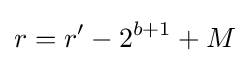
r=r'-2^{b+1}+M